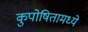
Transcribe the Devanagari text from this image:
कुपोषितामध्ये